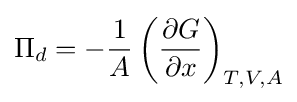
\Pi _{d}=-{1 \over A}\left({\frac {\partial G}{\partial x}}\right)_{T,V,A}